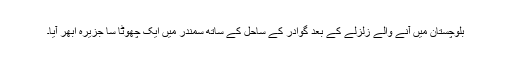
بلوچستان میں آنے والے زلزلے کے بعد گوادر کے ساحل کے ساتھ سمندر میں ایک چھوٹا سا جزیرہ ابھر آیا۔